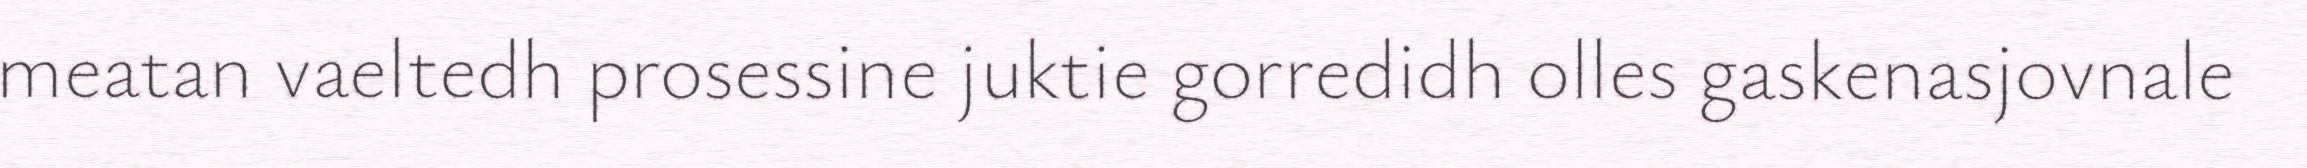
meatan vaeltedh prosessine juktie gorredidh olles gaskenasjovnale